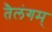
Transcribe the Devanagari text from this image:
तैलंगम्